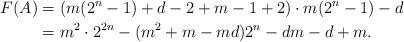
LaTeX: \begin{align*}F(A)&=(m(2^n-1)+d-2+m-1+2)\cdot m(2^n-1)-d\\&=m^2\cdot 2^{2n}-(m^2+m-md)2^n-dm-d+m.\end{align*}